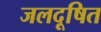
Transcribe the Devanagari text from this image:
जलदूषित